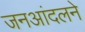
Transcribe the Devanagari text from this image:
जनआंदलने